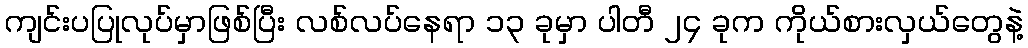
ကျင်းပပြုလုပ်မှာဖြစ်ပြီး လစ်လပ်နေရာ ၁၃ ခုမှာ ပါတီ ၂၄ ခုက ကိုယ်စားလှယ်တွေနဲ့